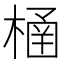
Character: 㮭